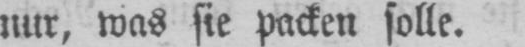
nur, was sie packen solle.